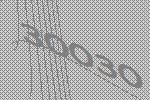
30030